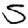
Digit: 5